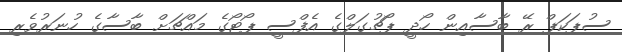
ސުޕަކަޕް ރޭ ބާސާއިން ހޯދީ ޕޯޗުގަލްގެ އެފްސީ ޕޯޓޯގެ މައްޗަށް ބާސާގެ ހުނަރުވެރި